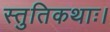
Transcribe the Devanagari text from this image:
स्तुतिकथाः।